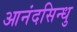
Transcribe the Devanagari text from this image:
आनंदसिन्धु